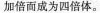
加倍而成为四倍体。